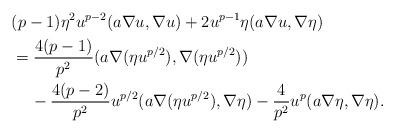
LaTeX: \begin{align*} & (p-1)\eta^2 u^{p-2}(a\nabla u,\nabla u)+2u^{p-1}\eta (a\nabla u,\nabla \eta)\\ & = \frac{4(p-1)}{p^2}(a\nabla (\eta u^{p/2}),\nabla (\eta u^{p/2}))\\ & \;\;\;\;-\frac{4(p-2)}{p^2}u^{p/2}(a\nabla (\eta u^{p/2}),\nabla \eta)-\frac{4}{p^2}u^p(a\nabla \eta,\nabla \eta). \end{align*}